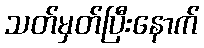
သတ်မှတ်ပြီးနောက်